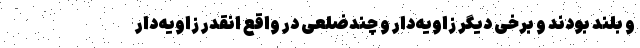
و بلند بودند و برخی دیگر زاویه‌دار و چندضلعی در واقع انقدر زاویه‌دار